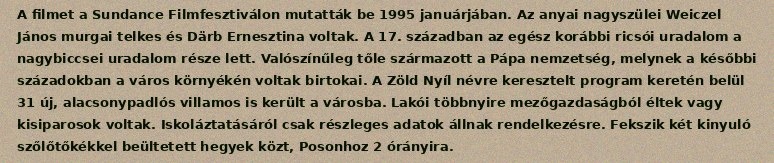
A filmet a Sundance Filmfesztiválon mutatták be 1995 januárjában. Az anyai nagyszülei Weiczel János murgai telkes és Därb Ernesztina voltak. A 17. században az egész korábbi ricsói uradalom a nagybiccsei uradalom része lett. Valószínűleg tőle származott a Pápa nemzetség, melynek a későbbi századokban a város környékén voltak birtokai. A Zöld Nyíl névre keresztelt program keretén belül 31 új, alacsonypadlós villamos is került a városba. Lakói többnyire mezőgazdaságból éltek vagy kisiparosok voltak. Iskoláztatásáról csak részleges adatok állnak rendelkezésre. Fekszik két kinyuló szőlőtőkékkel beültetett hegyek közt, Posonhoz 2 órányira.